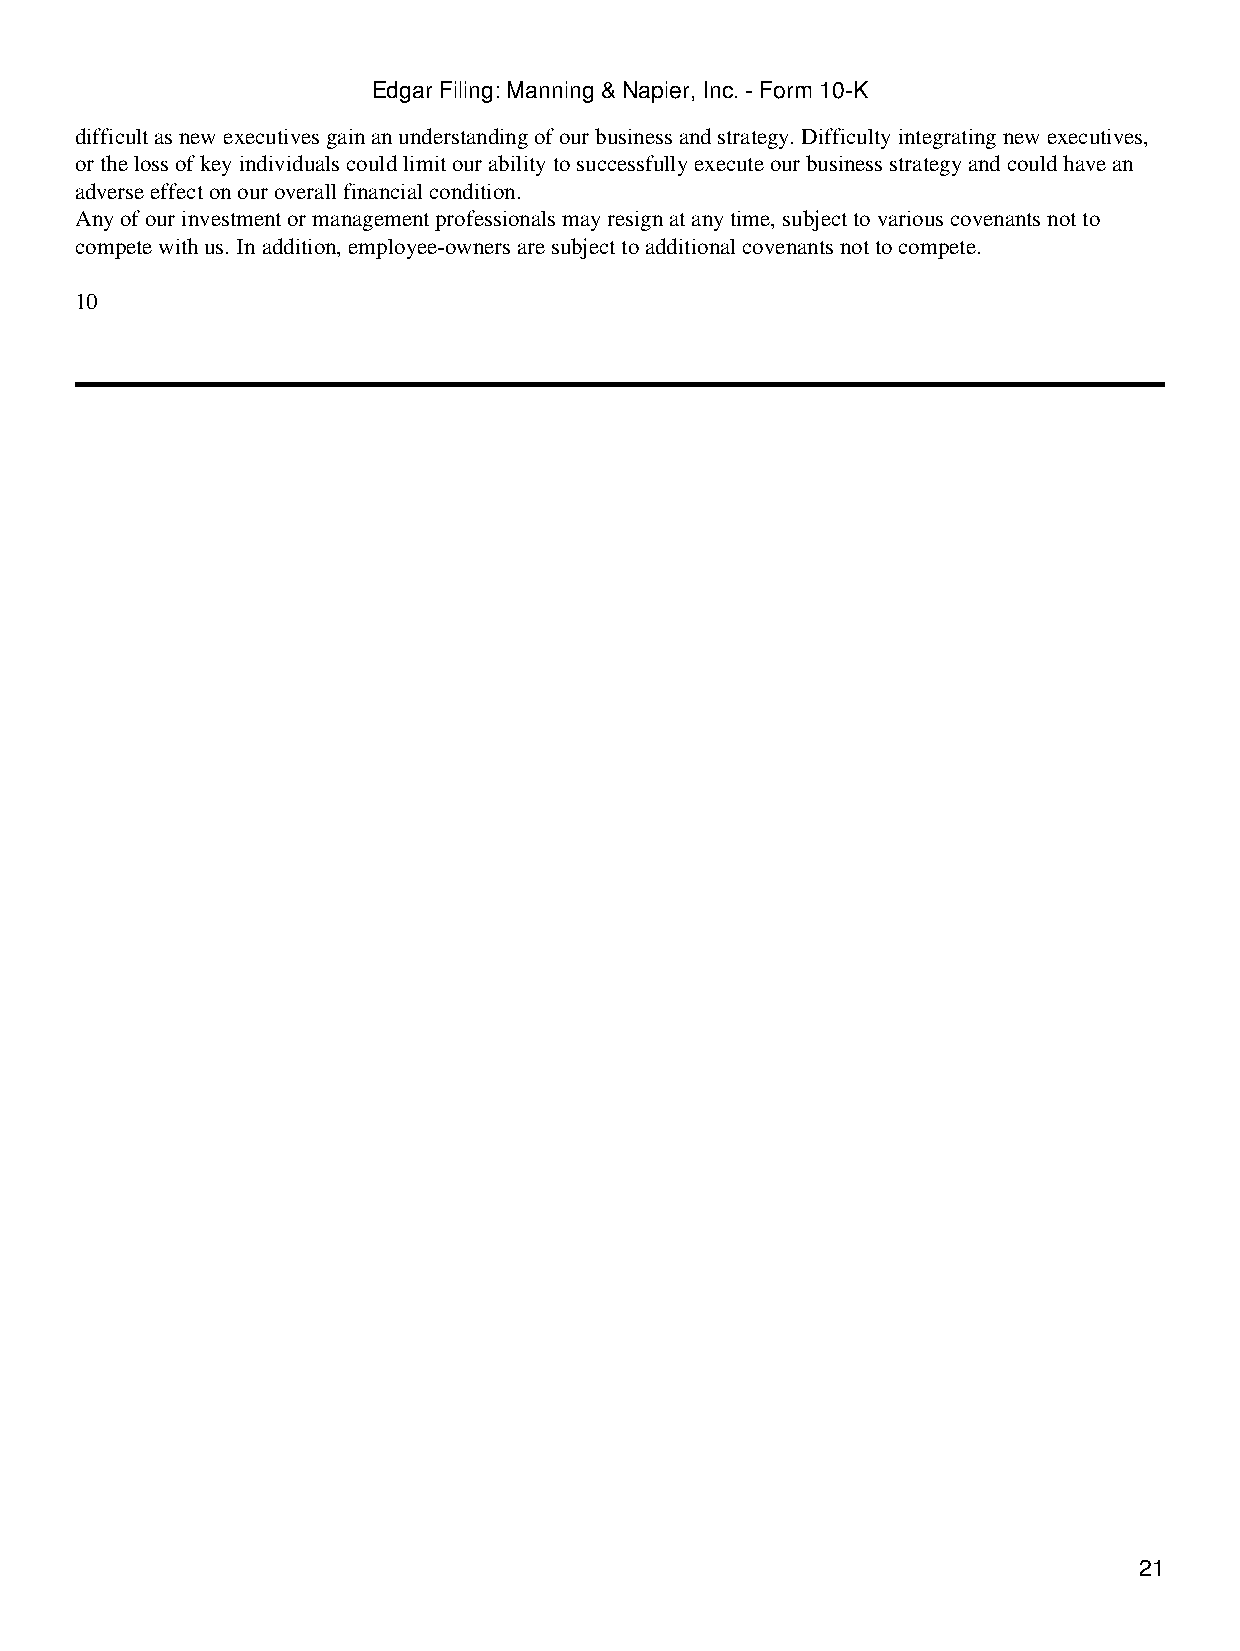
Edgar Filing: Manning & Napier, Inc. - Form 10-K
 difficult as new executives gain an understanding of our business and strategy. Difficulty integrating new executives,
 or the loss of key individuals could limit our ability to successfully execute our business strategy and could have an
 adverse effect on our overall financial condition.
 Any of our investment or management professionals may resign at any time, subject to various covenants not to
 compete with us. In addition, employee-owners are subject to additional covenants not to compete.
 10
 21